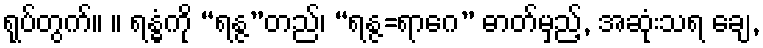
ရုပ်တွက်။ ။ ရန္ဓံကို “ရန္ဇ”တည်၊ “ရန္ဇ=ရာဂေ” ဓာတ်မှည့်, အဆုံးသရ ချေ,